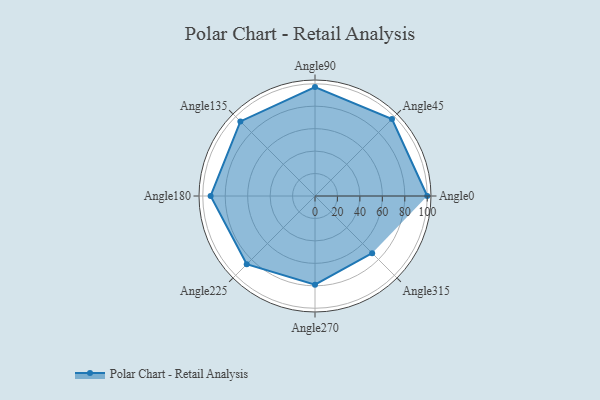
{"axis": {"x": "Angle", "y": "Radius"}, "legend": [""], "data": [{"x": "Angle0", "y": 100.0, "type": ""}, {"x": "Angle45", "y": 97.0, "type": ""}, {"x": "Angle90", "y": 97.0, "type": ""}, {"x": "Angle135", "y": 94.0, "type": ""}, {"x": "Angle180", "y": 93.0, "type": ""}, {"x": "Angle225", "y": 86.0, "type": ""}, {"x": "Angle270", "y": 79.0, "type": ""}, {"x": "Angle315", "y": 72.0, "type": ""}]}